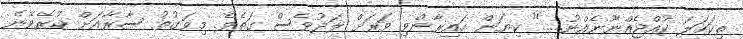
ތިކަހަލަ ކުއްޖެއްނޫނެއްނު....." ކިޔަން ހައިރާންވި ވަރަށް ލަދުވެސް ގަތެވެ. މިވަގުތު ސާރާއަށް ކުރެވޭނެ